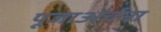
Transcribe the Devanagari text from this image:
पूजाअर्चना